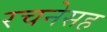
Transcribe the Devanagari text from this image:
रचनेसह